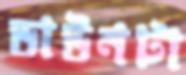
ডাউনটা